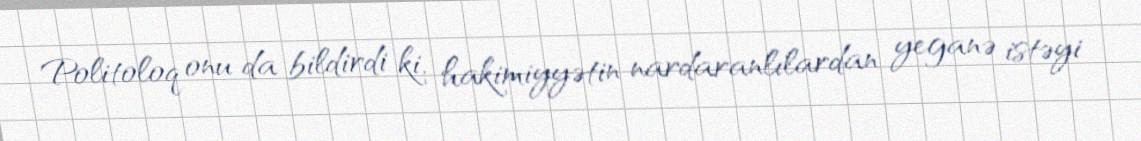
Politoloq onu da bildirdi ki, hakimiyyətin nardaranlılardan yeganə istəyi